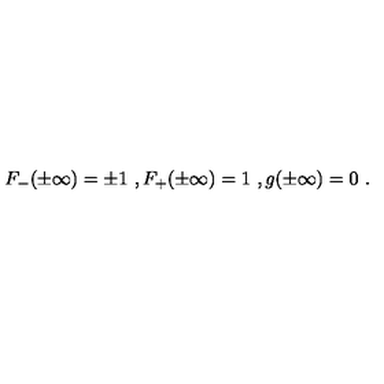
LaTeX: F _ { - } ( \pm \infty ) = \pm 1 \ , F _ { + } ( \pm \infty ) = 1 \ , g ( \pm \infty ) = 0 \ .